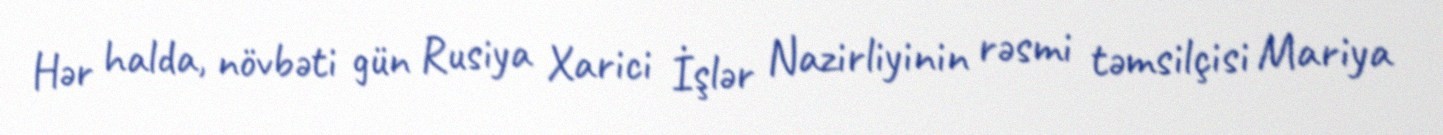
Hər halda, növbəti gün Rusiya Xarici İşlər Nazirliyinin rəsmi təmsilçisi Mariya